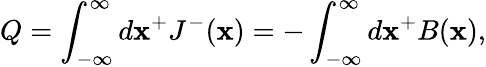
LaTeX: Q=\int_{-{\infty}}^{\infty}d\mathbf{x}^{+}J^{-}(\mathbf{x})=-\int_{-{\infty}}^{\infty}d\mathbf{x}^{+}B(\mathbf{x}),